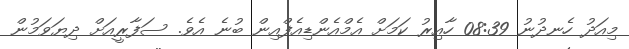
މިއަދު ހެނދުނު 08:39 ހާއިރު ކަމަށް އެމްއެންޑިއެފްއިން ބުނެ އެވެ. ސަފާރީއަށް ދިޔަވަމުން